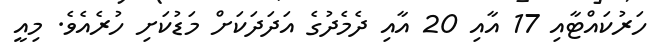
ހަރުކައްޓާއި 17 އާއި 20 އާއި ދެމެދުގެ އަދަދަަކަށް މަޑުކަށި ހުރެއެވެ. މިއީ